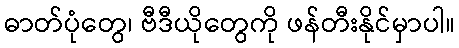
ဓာတ်ပုံတွေ၊ ဗီဒီယိုတွေကို ဖန်တီးနိုင်မှာပါ။